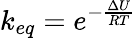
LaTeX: k_{eq}=e^{-\frac{\Delta U}{RT}}